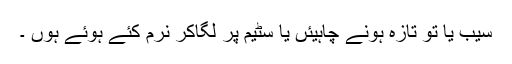
سیب یا تو تازہ ہونے چاہیئں یا سٹیم پر لگاکر نرم کئے ہوئے ہوں ۔